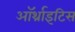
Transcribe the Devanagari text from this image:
ऑर्थ्राइटिस